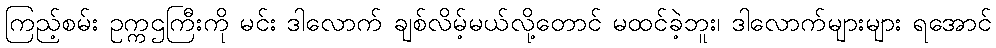
ကြည့်စမ်း ဥက္ကဌကြီးကို မင်း ဒါလောက် ချစ်လိမ့်မယ်လို့တောင် မထင်ခဲ့ဘူး၊ ဒါလောက်များများ ရအောင်